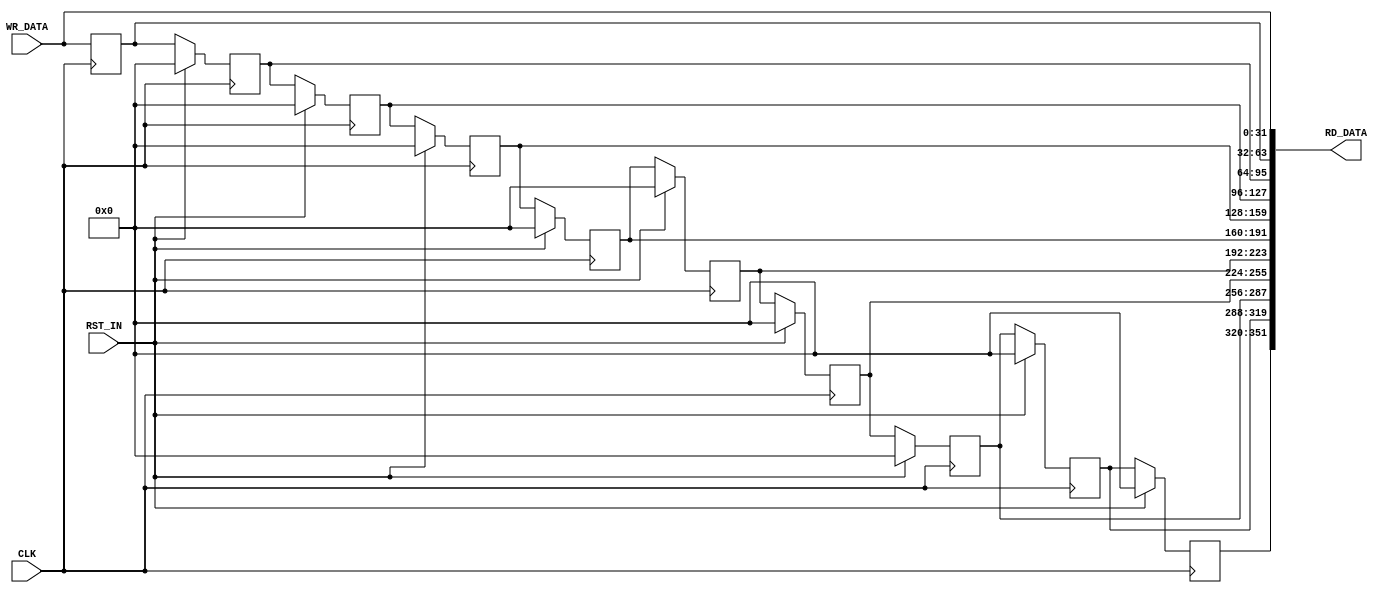
// ----------------------------------------------------------------------
// Copyright (c) 2016, The Regents of the University of California All
// rights reserved.
// 
// Redistribution and use in source and binary forms, with or without
// modification, are permitted provided that the following conditions are
// met:
// 
//     * Redistributions of source code must retain the above copyright
//       notice, this list of conditions and the following disclaimer.
// 
//     * Redistributions in binary form must reproduce the above
//       copyright notice, this list of conditions and the following
//       disclaimer in the documentation and/or other materials provided
//       with the distribution.
// 
//     * Neither the name of The Regents of the University of California
//       nor the names of its contributors may be used to endorse or
//       promote products derived from this software without specific
//       prior written permission.
// 
// THIS SOFTWARE IS PROVIDED BY THE COPYRIGHT HOLDERS AND CONTRIBUTORS
// "AS IS" AND ANY EXPRESS OR IMPLIED WARRANTIES, INCLUDING, BUT NOT
// LIMITED TO, THE IMPLIED WARRANTIES OF MERCHANTABILITY AND FITNESS FOR
// A PARTICULAR PURPOSE ARE DISCLAIMED. IN NO EVENT SHALL REGENTS OF THE
// UNIVERSITY OF CALIFORNIA BE LIABLE FOR ANY DIRECT, INDIRECT,
// INCIDENTAL, SPECIAL, EXEMPLARY, OR CONSEQUENTIAL DAMAGES (INCLUDING,
// BUT NOT LIMITED TO, PROCUREMENT OF SUBSTITUTE GOODS OR SERVICES; LOSS
// OF USE, DATA, OR PROFITS; OR BUSINESS INTERRUPTION) HOWEVER CAUSED AND
// ON ANY THEORY OF LIABILITY, WHETHER IN CONTRACT, STRICT LIABILITY, OR
// TORT (INCLUDING NEGLIGENCE OR OTHERWISE) ARISING IN ANY WAY OUT OF THE
// USE OF THIS SOFTWARE, EVEN IF ADVISED OF THE POSSIBILITY OF SUCH
// DAMAGE.
// ----------------------------------------------------------------------
/*
 Filename: shiftreg.v
 Version: 1.0
 Verilog Standard: Verilog-2001

 Description: A simple parameterized shift register. 
 
 Notes: Any modifications to this file should meet the conditions set
 forth in the "Trellis Style Guide"
 
 Author: Dustin Richmond (@darichmond) 
 Co-Authors:
 */
`timescale 1ns/1ns
module shiftreg
    #(parameter C_DEPTH=10,
      parameter C_WIDTH=32,
      parameter C_VALUE=0
      )
    (input                            CLK,
     input                            RST_IN,
     input [C_WIDTH-1:0]              WR_DATA,
     output [(C_DEPTH+1)*C_WIDTH-1:0] RD_DATA);

    // Start Flag Shift Register. Data enables are derived from the 
    // taps on this shift register.

    wire [(C_DEPTH+1)*C_WIDTH-1:0]    wDataShift;
    reg [C_WIDTH-1:0]                 rDataShift[C_DEPTH:0];

    assign wDataShift[(C_WIDTH*0)+:C_WIDTH] = WR_DATA;
    always @(posedge CLK) begin
        rDataShift[0] <= WR_DATA;
    end
    
    genvar                                     i;
    generate
        for (i = 1 ; i <= C_DEPTH; i = i + 1) begin : gen_sr_registers
            assign wDataShift[(C_WIDTH*i)+:C_WIDTH] = rDataShift[i-1];
            always @(posedge CLK) begin
                if(RST_IN)
                    rDataShift[i] <= C_VALUE;
                else
                    rDataShift[i] <= rDataShift[i-1];
            end
        end
    endgenerate
    assign RD_DATA = wDataShift;
    
endmodule